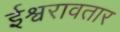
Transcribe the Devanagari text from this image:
ईश्वरावतार